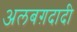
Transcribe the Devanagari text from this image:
अलबग़दादी